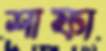
শাফা